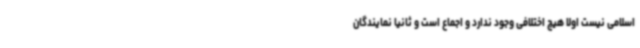
اسلامی نیست اولا هیچ اختلافی وجود ندارد و اجماع است و ثانیا نمایندگان